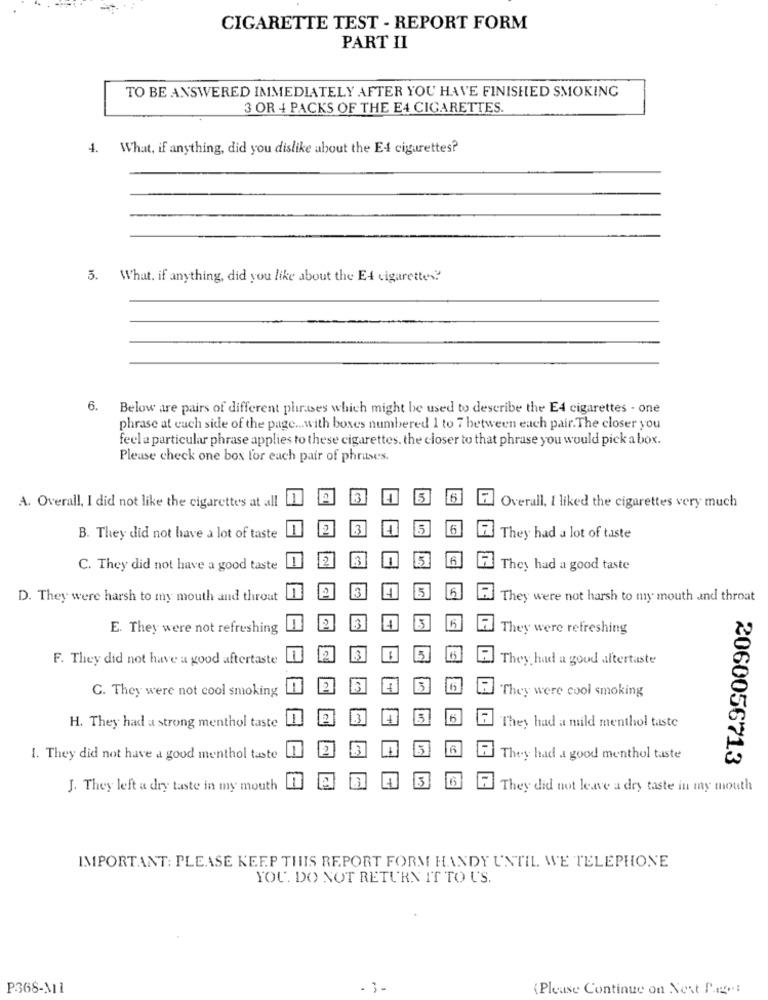
CIGARETTE TEST - REPORT FORM
PART II
TO BE ANSWERED IMMEDIATELY AFTER YOU HAVE FINISHED SMOKING
3 OR 4 PACKS OF THE E4 CIGARETTES.
4. What, if anything, did you dislike about the E4 cigarettes?
5. What. if anything, did you like about the Et cigarettes?
6.
Below are pairs of different phrases which might be used to describe the E4 cigarettes - one
phrase at each side of the page ... with boxes numbered 1 to 7 between each pair.The closer you
feel a particular phrase applies to these cigarettes, the closer to that phrase you would pick a box.
Please check one box for each pair of phrases.
5
6
A. Overall, I did not like the cigarettes at all
E Overall. I liked the cigarettes very much
.3
5
6
B. They did not have a lot of taste
7 They had a lot of taste
6
C. They did not have a good taste
7 They had a good taste
13
5
D. They were harsh to my mouth and throut
El They were not harsh to my mouth and throat
13
6
E. They were not refreshing
They were refreshing
5
F. They did not have a good aftertaste
E They had a good aftertaste
G. They were not cool smoking
13
They were cool smoking
1.3
They had a mild menthol taste
H. They had a strong menthol taste
2
1. They did not have a good menthol tate
They had a good menthol taste
2060056713
J. They left a dry taste in my mouth
They did not leave a dry taste in my mouth
IMPORTANT: PLEASE KEEP THIS REPORT FORM HANDY UNTIL WE TELEPHONE
YOU. DO NOT RETURN IT TO US.
P368-M11
3 -
(Please Continue on Next Page!